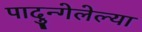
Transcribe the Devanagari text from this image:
पादुन्गेलेल्या